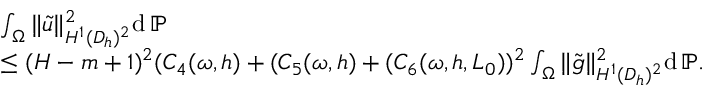
\begin{array} { r l } & { \int _ { \Omega } \| \tilde { u } \| _ { H ^ { 1 } ( D _ { h } ) ^ { 2 } } ^ { 2 } \mathrm { d } \, \mathbb { P } } \\ & { \le ( H - m + 1 ) ^ { 2 } ( C _ { 4 } ( \omega , h ) + ( C _ { 5 } ( \omega , h ) + ( C _ { 6 } ( \omega , h , L _ { 0 } ) ) ^ { 2 } \int _ { \Omega } \| \tilde { g } \| _ { H ^ { 1 } ( D _ { h } ) ^ { 2 } } ^ { 2 } \mathrm { d } \, \mathbb { P } . } \end{array}